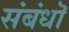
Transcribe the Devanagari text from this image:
संबंधॊ